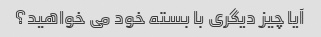
آیا چیز دیگری با بسته خود می خواهید؟